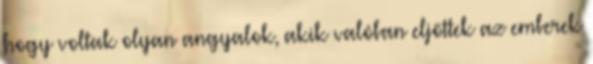
hogy voltak olyan angyalok, akik valóban eljöttek az emberek